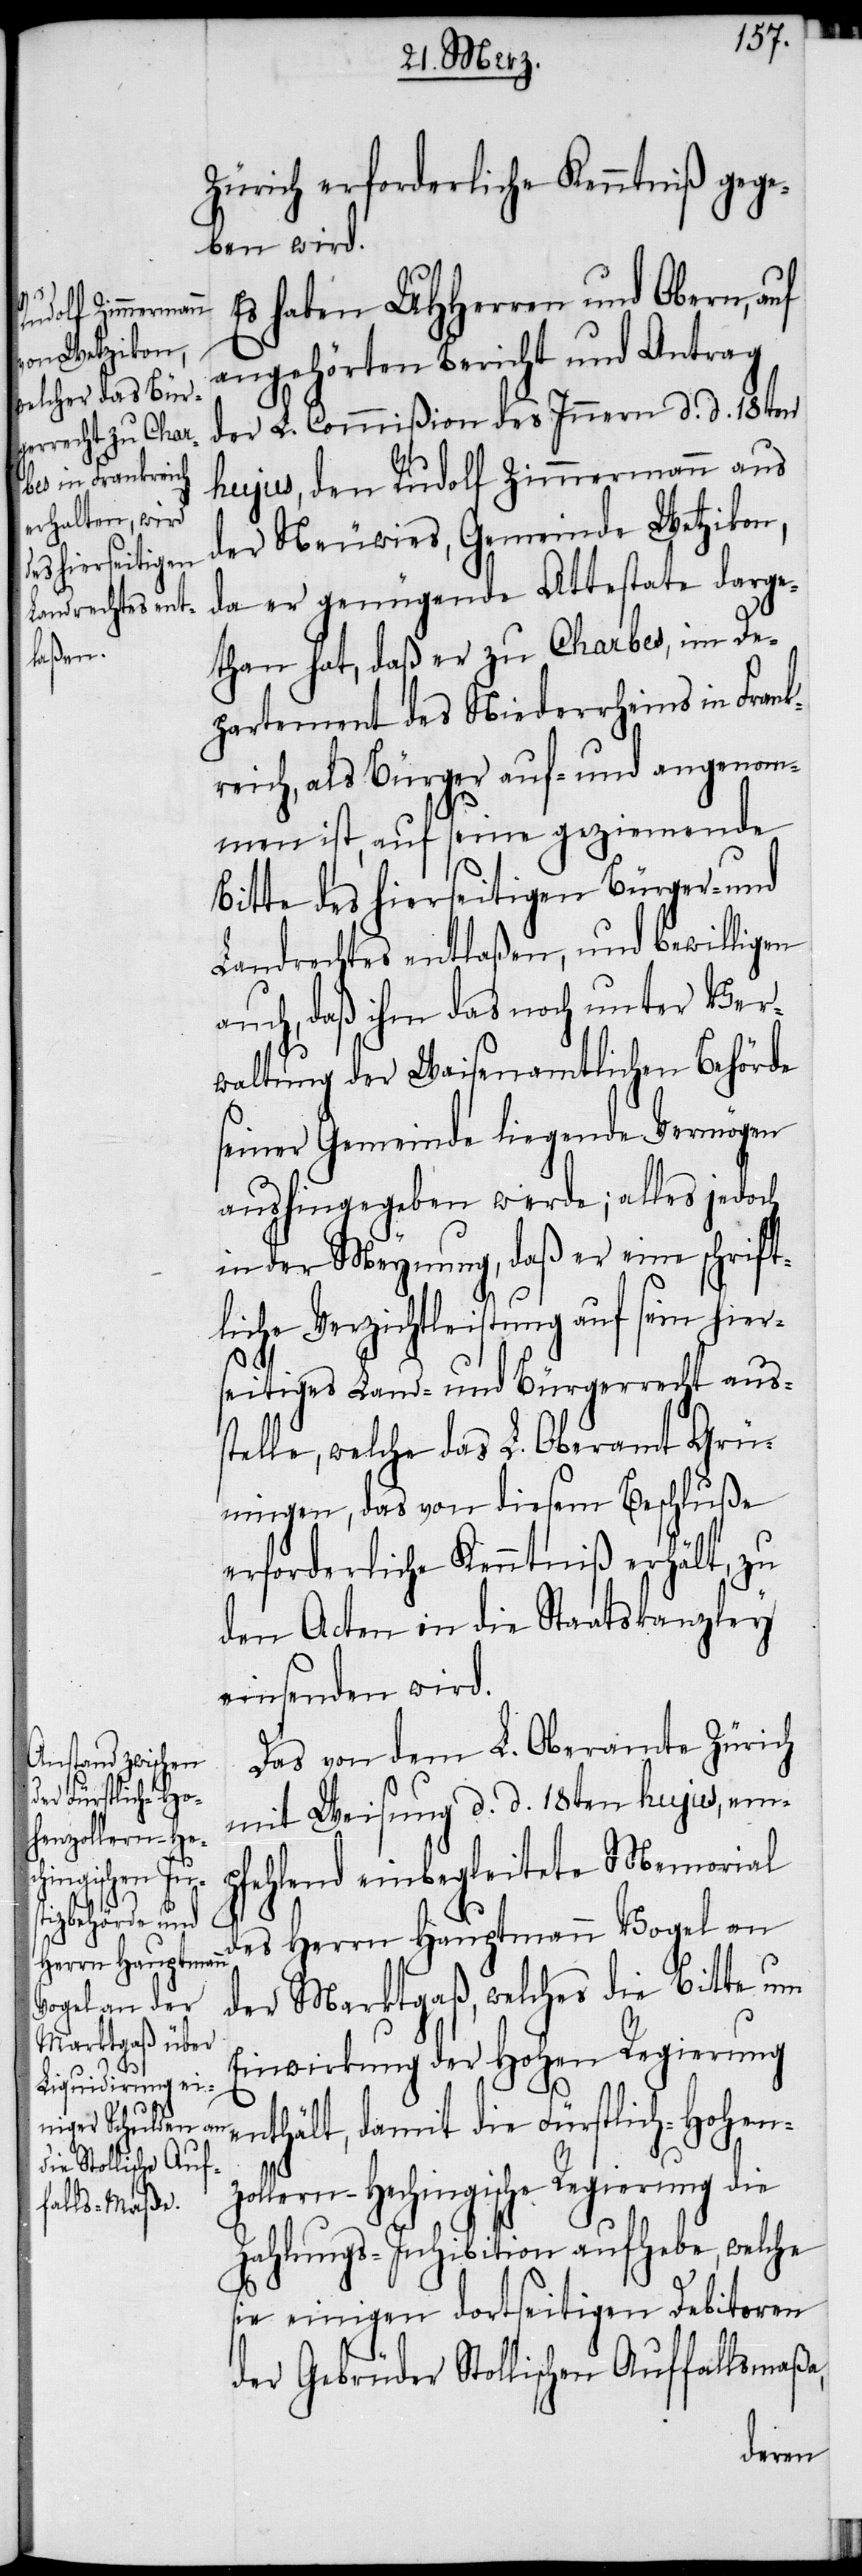
e¬

Zürich erforderliche Kenntniß gege¬
ben wird.
Es haben UHHerren und Obern, auf
angehörten Bericht und Antrag
der L. Commißion des Innern d. d. 18ten
hujus, den Rudolf Zimmermann aus
der Neuwies, Gemeinde Wetzikon,
da er genügende Attestate darge¬
than hat, daß er zu Charbes, im De¬
partement des Niederrheins in Frank¬
reich, als Bürger auf- und angenom¬
men ist, auf seine geziemende
Bitte des hierseitigen Bürger- und
Landrechtes entlaßen, und bewilligen
auch, daß ihm das noch unter Ver¬
waltung der Waisenamtlichen Behörde
seiner Gemeinde liegende Vermögen
aushingegeben werde; alles jedoch
in der Meynung, daß er eine schrift¬
liche Verzichtleistung auf sein hier¬
seitiges Land- und Bürgerrecht auss¬
telle, welche das L. Oberamt Grü¬
ningen, das von diesem Beschluße
erforderliche Kenntniß erhält, zu
den Acten in die Staatskanzley
einsenden wird.
Das von dem L. Oberamte Zürich
mit Weisung d. d. 18ten hujus, emp¬
fehlend einbegleitete Memorial
des Herrn Hauptmann Vogel an
der Marktgaß, welches die Bitte um
Einwirkung der Hohen Regierung
nthält, damit die Fürstlich-Hohen¬
zollern-Hechingische Regierung die
Zahlungs-Inhibition aufhebe, welche
sie einigen dortseitigen Debitoren
der Gebrüder Stollischen Auffallsmaßa,